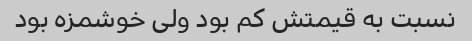
نسبت به قیمتش کم بود ولی خوشمزه بود